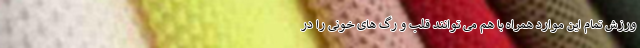
ورزش تمام این موارد همراه با هم می توانند قلب و رگ های خونی را در